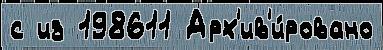
с из 198611 Арх'ив'и́ровано